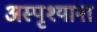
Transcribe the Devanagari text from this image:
अस्पृश्याना